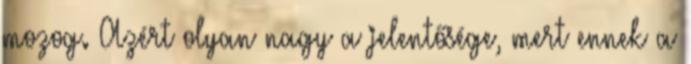
mozog. Azért olyan nagy a jelentősége, mert ennek a